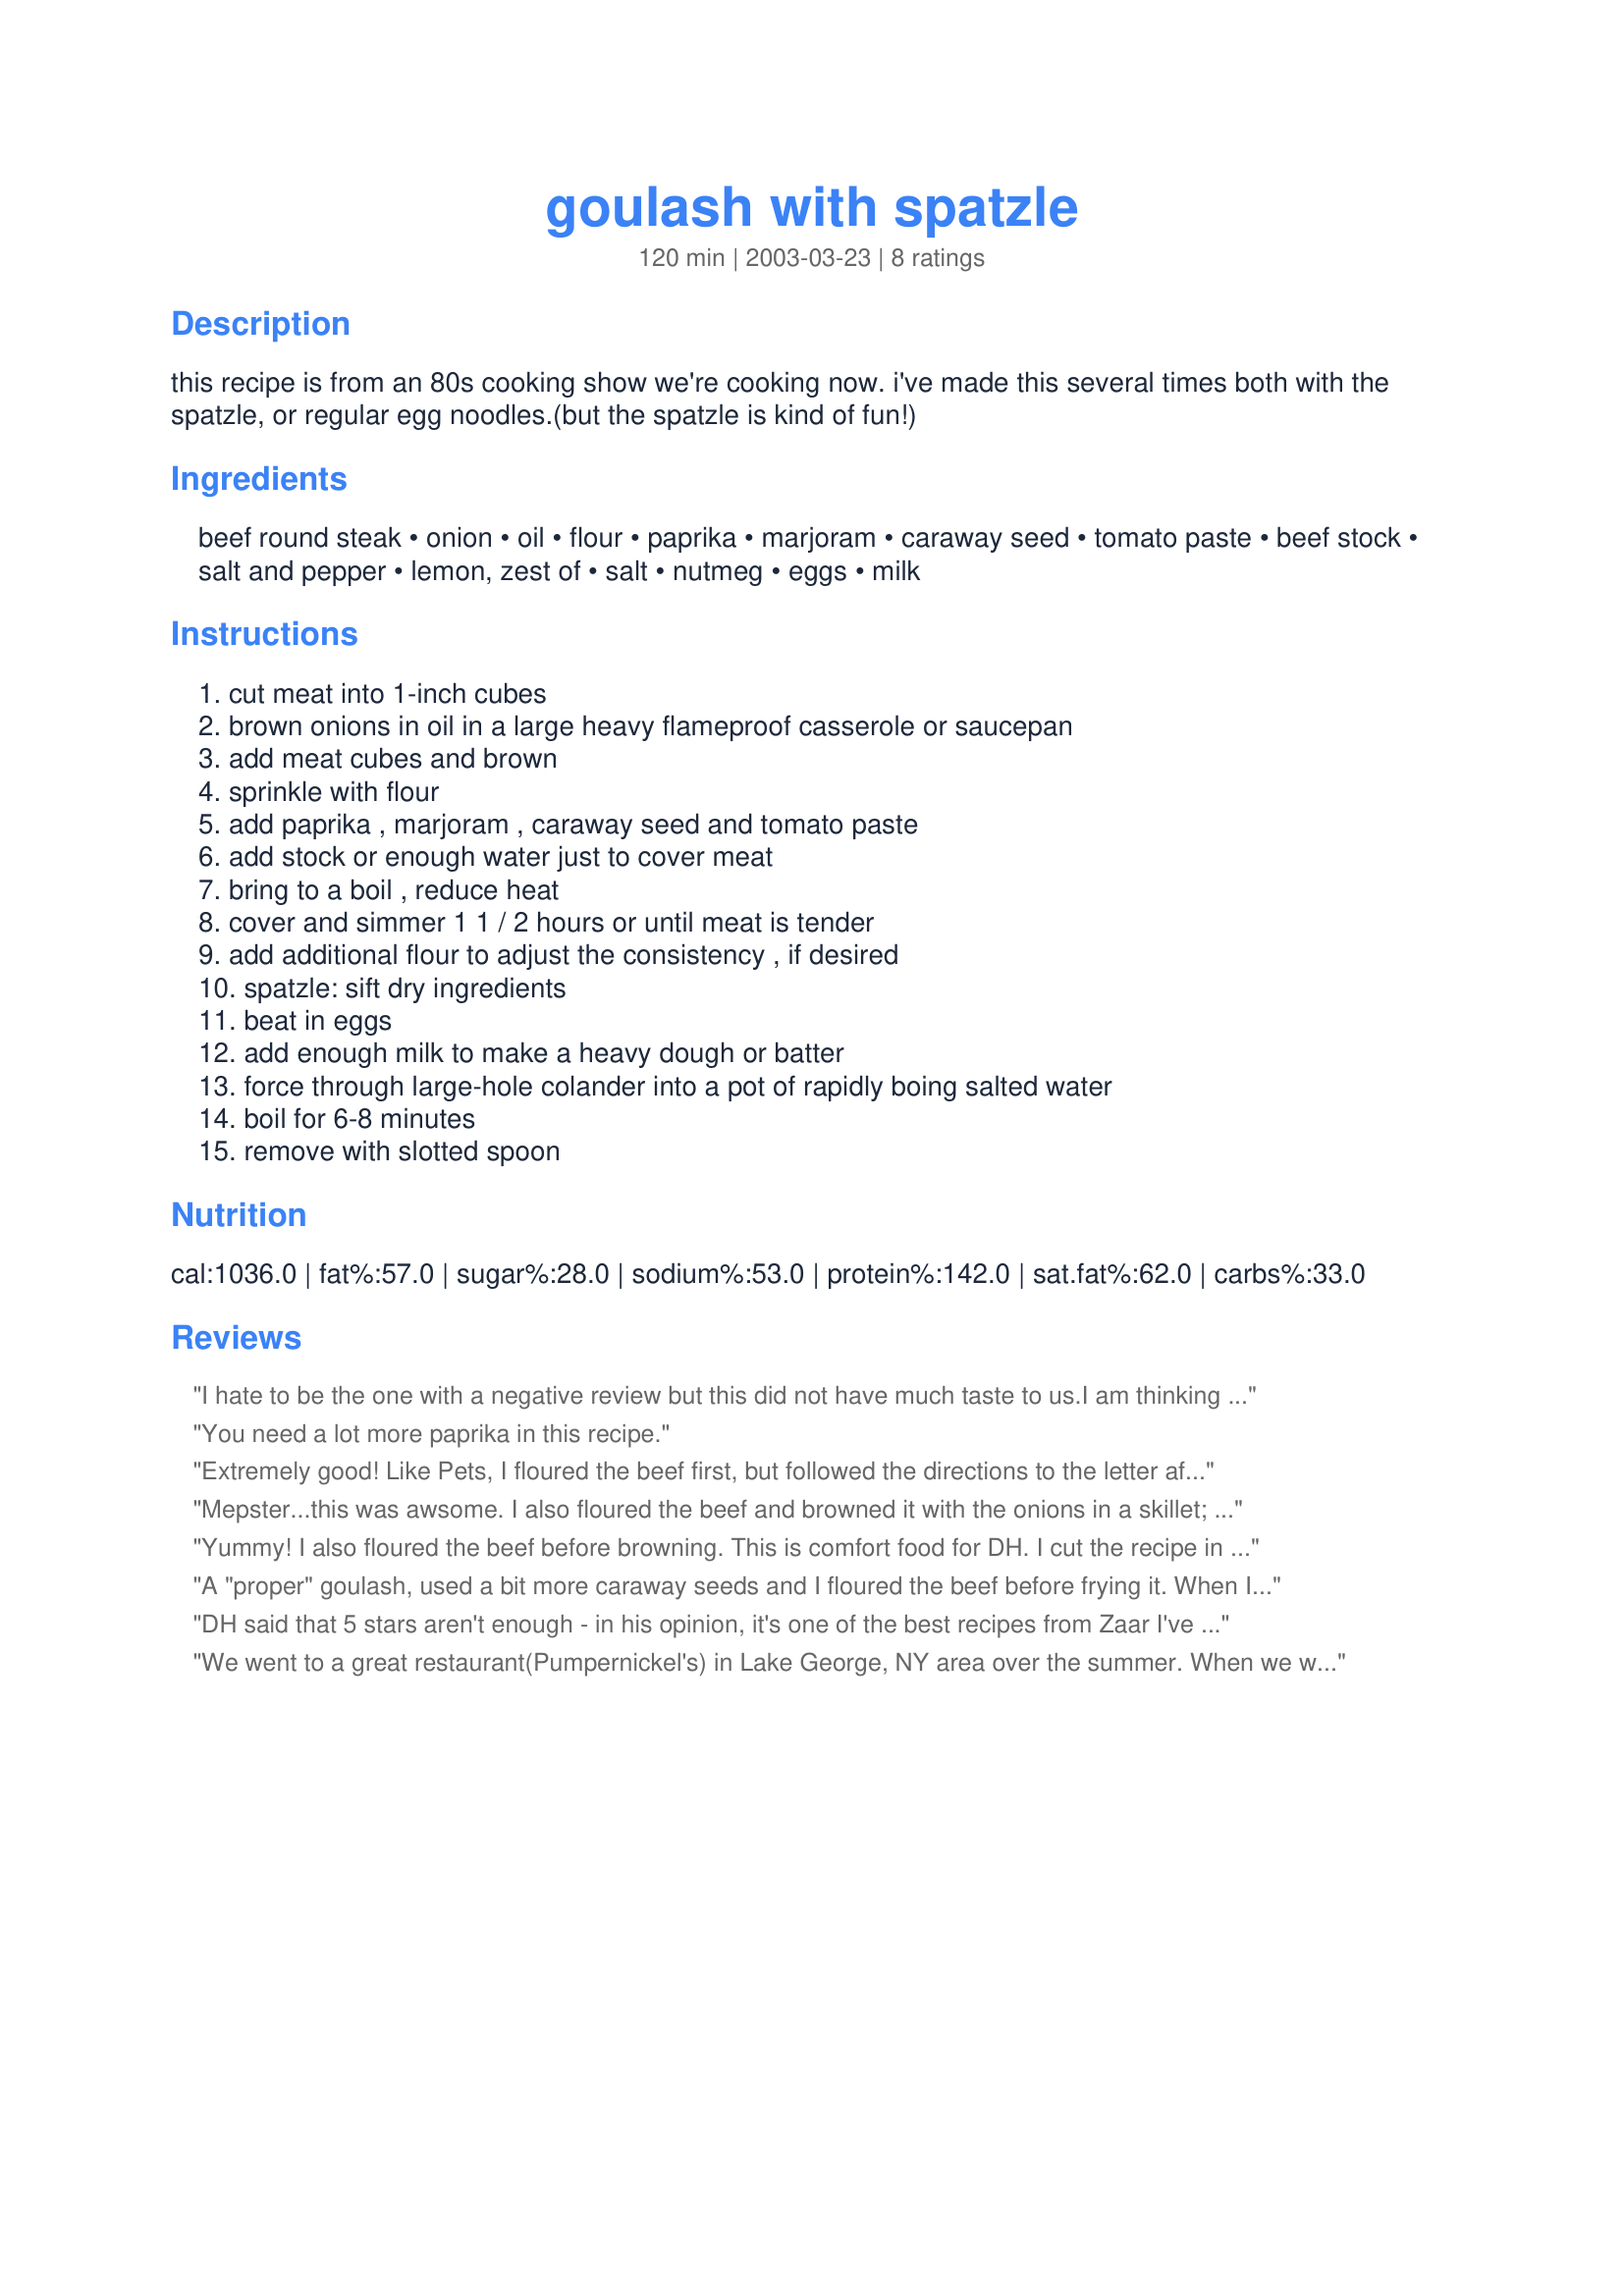
goulash with spatzle
Preparation time: 120 minutes

this recipe is from an 80s cooking show we're cooking now. i've made this several times both with the spatzle, or regular egg noodles.(but the spatzle is kind of fun!)

Ingredients:
beef round steak, onion, oil, flour, paprika, marjoram, caraway seed, tomato paste, beef stock, salt and pepper, lemon, zest of, salt, nutmeg, eggs, milk

Steps:
cut meat into 1-inch cubes, brown onions in oil in a large heavy flameproof casserole or saucepan, add meat cubes and brown, sprinkle with flour, add paprika , marjoram , caraway seed and tomato paste, add stock or enough water just to cover meat, bring to a boil , reduce heat, cover and simmer 1 1 / 2 hours or until meat is tender, add additional flour to adjust the consistency , if desired, spatzle: sift dry ingredients, beat in eggs, add enough milk to make a heavy dough or batter, force through large-hole colander into a pot of rapidly boing salted water, boil for 6-8 minutes, remove with slotted spoon

Reviews:
I hate to be the one with a negative review but this did not have much taste to us.<br/>I am thinking that maybe some of my spices had been too old and did not have much<br/>punch...It just tasted really bland so I have a feeling that was what was the problem no so much the recipe.
You need a lot more paprika in this recipe.
Extremely good! Like Pets, I floured the beef first, but followed the directions to the letter after that. This was delicious and will definitely be one we'll do again, and again, and again.....
Mepster...this was awsome. I also floured the beef and browned it with the onions in a skillet; then added the rest to the crock pot and cooked on low for 6-7 hours. Now for the spatzle...this was an adventure. After covering myself and the kitchen counter with dough I hit on the idea of using my pastry bag with a small star tip....magic I had the greates spatzle ever nice thin strips...they were great. thanks again this is a keeper.
Yummy! I also floured the beef before browning. This is comfort food for DH. I cut the recipe in half to serve 2 with leftovers for his lunch today. I used dried spatzle from the german store. Made in memory of Mep. May you rest in peace.
A "proper" goulash, used a bit more caraway seeds and I floured the beef before frying it. When I did all the steps up to simmering, I transfered it to the crockpot and left it there for about 8 hours. The spatzle ended up looking very rustic because I did not have a colander with holes that were big enough and I ended up using a spoon and drizzling the dough into the water. But the main thing was the taste, all I can say is that it was an excellent meal!
DH said that 5 stars aren't enough - in his opinion, it's one of the best recipes from Zaar I've made yet. 
I added a tbsp sugar to the onions to help them brown. I also tossed the beef cubes in flour before browning. Then I de-glazed the pan with about 2 tbsp balsamic vinegar before adding the spices, tomato paste, and broth. I was out of marjoram and had to substitute oregano. It wasn't necessary to add more flour - the gravy was perfect. Since I didn't have a colander with larger openings, I just served it with noodles. The meat was tender and had the smoky taste of the paprika and seasonings. It was really outstanding. I definitely want to try it with the spaetzle. Thanks for sharing this great recipe!

We went to a great restaurant(Pumpernickel's) in Lake George, NY area over the summer. When we went back home, we were craving the goulash. Thanks for satisfying our craving.
